Vaccination in Bombay 1913-1923 - 1913-1923
Year: 1913
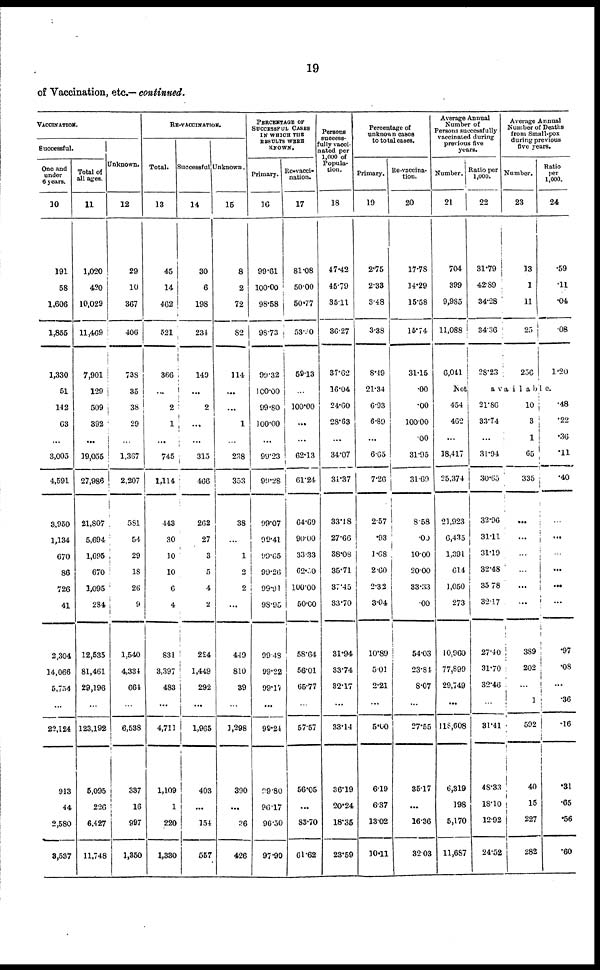
19
of Vaccination, etc.— continued.
VACCINATION.
Successful.
One and
under
6 years.
10
191
58
1,606
1,855
1,330
51
142
63
...
3,005
4,591
3,950
1,134
670
86
726
41
2,304
14,066
5,754
...
22,124
913
44
2,580
3,537
Total of
all ages.
11
1,020
420
10,029
11,469
7,901
129
509
392
...
19,055
27,986
21,807
5,694
1,695
670
1,095
284
12,535
81,461
29,196
...
123,192
5,095
226
6,427
11,748
Unknown.
12
29
10
367
406
738
35
38
29
...
1,367
2,207
581
54
29
18
26
9
1,540
4,334
664
...
6,538
337
16
997
1,350
RE-VACCINATION.
Total.
13
45
14
462
521
366
...
2
1
...
745
1,114
443
30
10
10
6
4
831
3,397
483
...
4,711
1,109
1
220
1,330
Successful
14
30
6
198
234
149
...
2
...
...
315
466
262
27
3
5
4
2
224
1,449
292
...
1,965
403
...
154
557
Unknown.
15
8
2
72
82
114
...
...
1
...
238
353
38
...
1
2
2
...
449
810
39
...
1,298
390
...
36
426
PERCENTAGE OF
SUCCESSFUL CASES
IN WHICH THE
RESULTS WERE
KNOWN.
Primary.
16
99.61
100.00
98.58
98.73
99.32
100.00
99.80
100.00
...
99.23
99.28
99.07
99.41
99.65
99.26
99.91
98.95
99.48
99.22
99.17
...
99.24
99.80
96.17
96.50
97.90
Re-vacci-
nation.
17
81.08
50.00
50.77
53.30
59.13
...
100.00
...
...
62.13
61.24
64.69
90.00
33.33
62.50
100.00
50.00
58.64
56.01
65.77
...
57.57
56.05
...
83.70
61.62
Persons
success-
fully vacci-
nated per
1,000 of
Popula-
tion.
18
47.42
45.79
35.11
36.27
37.62
16.04
24.60
28.63
...
34.07
34.37
33.18
27.66
38.08
35.71
37.45
33.70
31.94
33.74
32.17
...
33.14
36.19
20.24
18.35
23.59
Percentage of
unknown cases
to total cases.
Primary.
19
2.75
2.33
3.48
3.38
8.49
21.34
6.93
6.89
...
6.65
7.26
2.57
.93
1.68
2.60
2.32
3.04
10.89
5.01
2.21
...
5.00
6.19
6.37
13.02
10.11
Re-vaccina-
tion.
20
17.78
14.29
15.58
15.74
31.15
.00
.00
100.00
.00
31.95
31.69
8.58
.00
10.00
20.00
33.33
.00
54.03
23.84
8.07
...
27.55
35.17
...
16.36
32.03
Average Annual
Number of
Persons successfully
vaccinated during
previous five
years.
Number.
21
704
399
9,985
11,088
6,011
Not
454
462
...
18,417
25,374
21,923
6,435
1,391
614
1,050
273
10,960
77,899
29,749
...
118,608
6,319
198
5,170
11,687
Ratio per
1,000.
22
31.79
42.89
34.28
34.36
28.23
Average Annual
Number of Deaths
from Small-pox
during previous
five years.
Number.
23
13
1
11
25
256
Ratio
per
1,000.
24
.59
.11
.04
.08
1.20
avai1ab1e.
21.86
33.74
...
31.94
30.65
32.96
31.11
31.19
32.48
35.78
32.17
27.40
31.70
32.46
...
31.41
48.33
18.10
12.92
24.52
10
3
1
65
335
...
...
...
...
...
...
389
202
...
1
592
4 0
15
227
282
.48
.22
.36
.11
.40
...
...
...
...
...
...
.97
.08
...
.36
.16
.31
.65
.56
.60